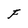
Character: F